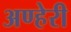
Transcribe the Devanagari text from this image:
अण्हेरी